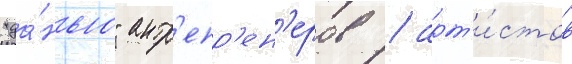
"да́нью" антр'епр'ен'еров / арт'и́стов